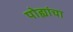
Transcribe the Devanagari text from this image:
पोह्यांचा